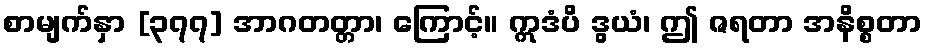
စာမျက်နှာ [၃၇၇] အာဂတတ္တာ၊ ကြောင့်။ ဣဒံပိ ဒွယံ၊ ဤ ဇရတာ အနိစ္စတာ